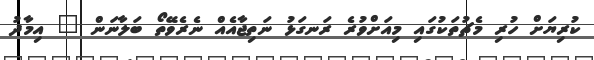
ކުރިޔަށް ހުރި މެޗުތަކުގައި މިއަށްވުރެ ރަނގަޅު ނަތިޖާއެއް ނެރެވޭތޯ ބަލާނަން " އިމާދު